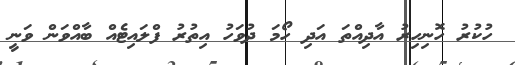
ހުކުރު ހޮނިހިރު އާދިއްތަ އަދި ހޯމަ ދުވަހު އިތުރު ފްލައިޓެއް ބާއްވަން ވަނީ